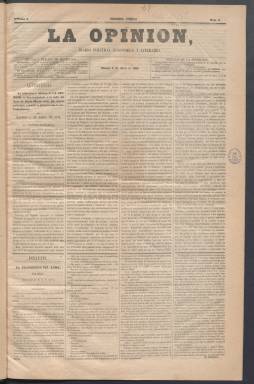
Título: La Opinión (Madrid. 1859)
Colección: Periódicos
Ámbito geográfico: Madrid
Lugar de publicación: Madrid
Fechas: 02/04/1859-23/04/1859